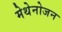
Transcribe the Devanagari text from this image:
मेथेनोजन